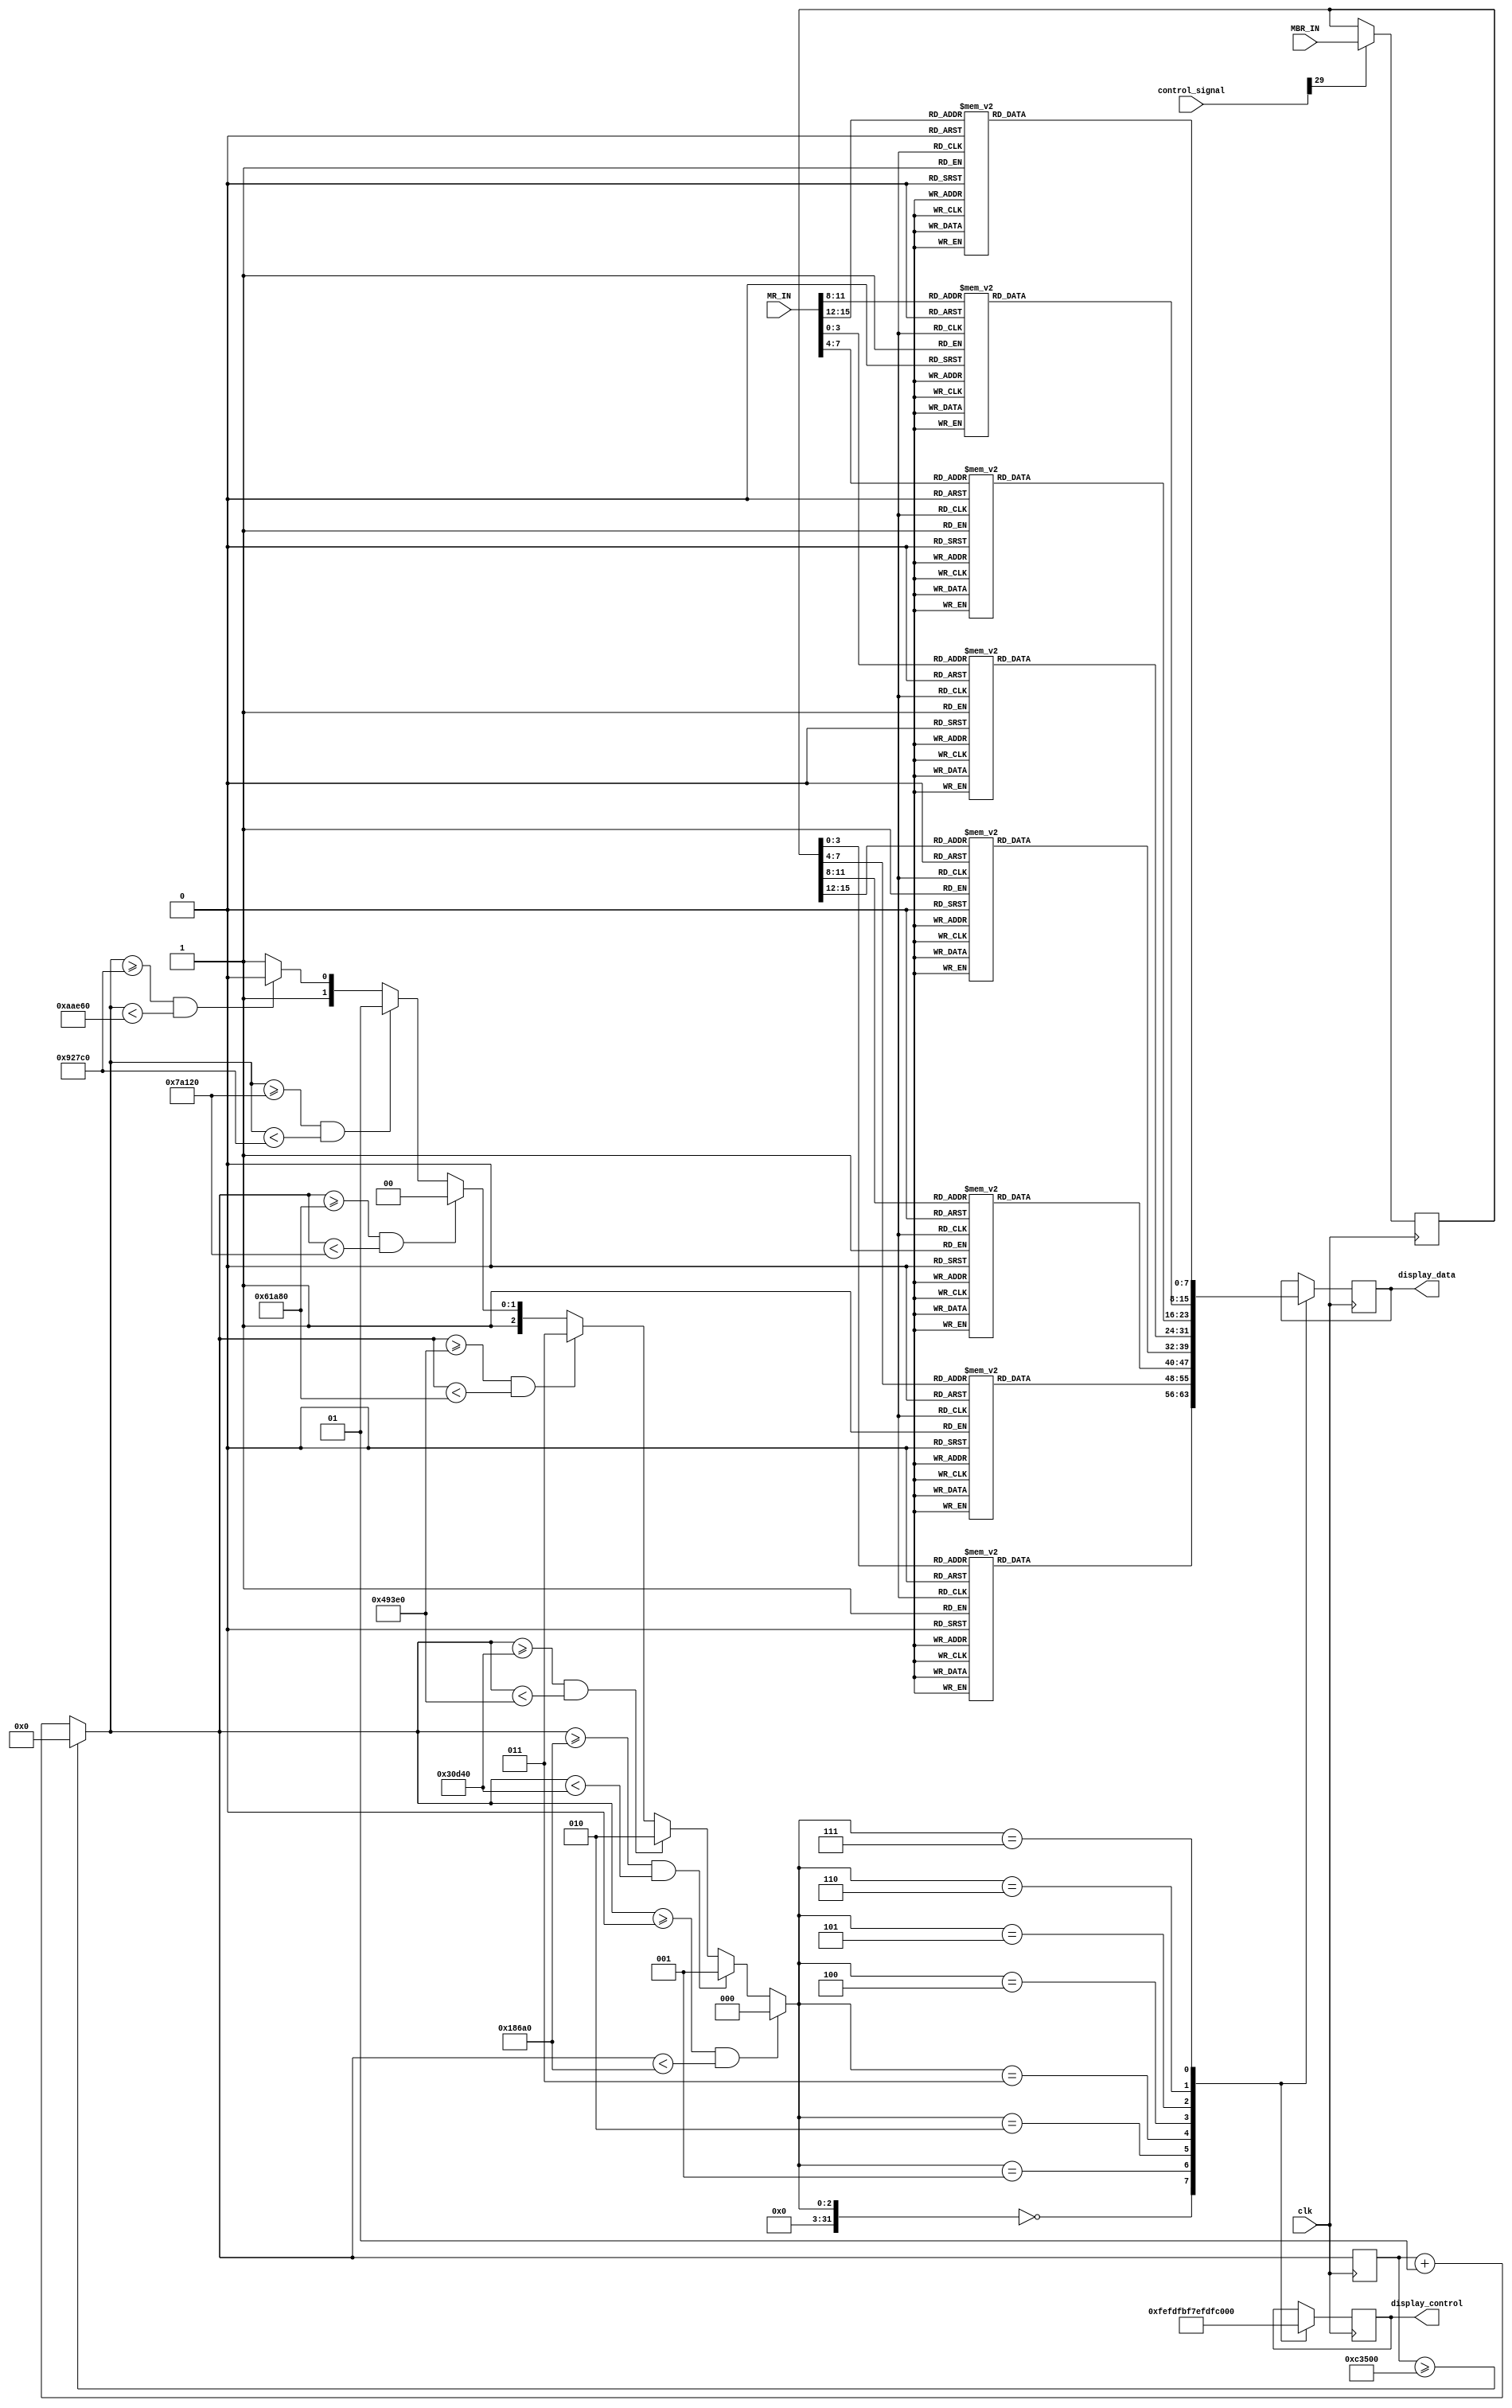
`timescale 1ns / 1ps
//////////////////////////////////////////////////////////////////////////////////
// Company: 
// Engineer: 
// 
// Design Name: 
// Module Name: SHOW
// Project Name: 
// Target Devices: 
// Tool Versions: 
// Description: 
// 
// Dependencies: 
// 
// Revision:
// Revision 0.01 - File Created
// Additional Comments:
// 
//////////////////////////////////////////////////////////////////////////////////


module SHOW(
    input clk,
    input [31:0]control_signal,
    input [15:0]MBR_IN,
    input [15:0]MR_IN,
    output [7:0]display_control,
    output [7:0]display_data
    );
    
integer i = 0;
integer display_index;

reg [15:0]MBR_reg = 0;
reg [7:0]display_control_reg = 0;
reg [7:0]display_data_reg = 0;

function  [7:0] digital_display;
    input[3:0] DATA_IN;
        begin
            case(DATA_IN)
                4'b0000: digital_display=8'b00000011;
                4'b0001: digital_display=8'b10011111;
                4'b0010: digital_display=8'b00100101;
                4'b0011: digital_display=8'b00001101;
                4'b0100: digital_display=8'b10011001;
                4'b0101: digital_display=8'b01001001;
                4'b0110: digital_display=8'b01000001;
                4'b0111: digital_display=8'b00011111;
                4'b1000: digital_display=8'b00000001;
                4'b1001: digital_display=8'b00001001;
                4'b1010: digital_display=8'b00010001;
                4'b1011: digital_display=8'b11000001;
                4'b1100: digital_display=8'b01100011;
                4'b1101: digital_display=8'b10000101;
                4'b1110: digital_display=8'b01100001;
                4'b1111: digital_display=8'b01110001;
                default: digital_display=8'b00000011;
            endcase
    end
endfunction
always@(posedge clk)
begin
    if(i >= 800000)
        i = 0;
    else
        i = i + 1;
    if(i >=0 && i<100000) display_index=0;
    else if(i>=100000 && i<200000) display_index=1;
    else if(i>=200000 && i<300000) display_index=2;
    else if(i>=300000 && i<400000) display_index=3;
    else if(i>=400000 && i<500000) display_index=4;
    else if(i>=500000 && i<600000) display_index=5;
    else if(i>=600000 && i<700000) display_index=6;
    else display_index=7; //
    
    if(control_signal[29] == 1)
        MBR_reg <= MBR_IN;
    case(display_index)
        0:
        begin
            display_control_reg <= 8'b11111110;
            display_data_reg <= digital_display(MBR_reg[3:0]);
        end
        1:
        begin
            display_control_reg <= 8'b11111101;
            display_data_reg <= digital_display(MBR_reg[7:4]);
        end
        2:
        begin
            display_control_reg=8'b11111011;
            display_data_reg <= digital_display(MBR_reg[11:8]);
        end
        3:
        begin
            display_control_reg=8'b11110111;
            display_data_reg <= digital_display(MBR_reg[15:12]);
        end
        4:
        begin
            display_control_reg=8'b11101111;
            display_data_reg <= digital_display(MR_IN[3:0]);
        end
        5:
        begin
            display_control_reg=8'b11011111;
            display_data_reg <= digital_display(MR_IN[7:4]);
        end
        6:
        begin
            display_control_reg=8'b10111111;
            display_data_reg <= digital_display(MR_IN[11:8]);
        end
        7:
        begin
            display_control_reg=8'b01111111;
            display_data_reg <= digital_display(MR_IN[15:12]);
        end
        default;
endcase
end

assign display_control = display_control_reg;
assign display_data = display_data_reg;
endmodule